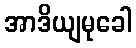
အာဒိယျမုခေါ